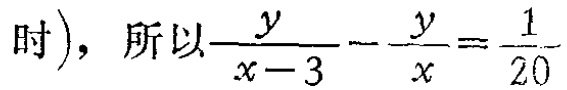
时), 所以\(\frac{y}{x - 3}-\frac{y}{x}=\frac{1}{20}\)